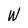
Character: W